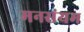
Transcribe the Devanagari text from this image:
मनसंयम